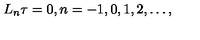
L _ { n } \tau = 0 , n = - 1 , 0 , 1 , 2 , \dots ,